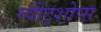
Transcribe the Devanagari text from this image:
स्वीट्शोप्स